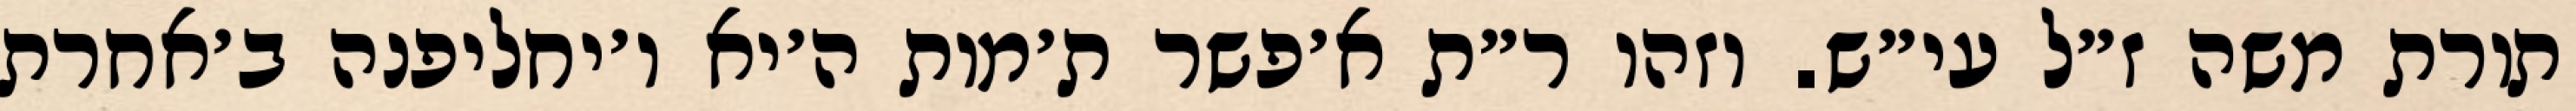
תורת משה ז״ל עי״ש. וזהו ר״ת א׳פשר ת׳מות ה׳יא ו׳יחליפנה ב׳אחרת